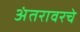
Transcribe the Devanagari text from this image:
अंतरावरचे